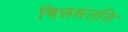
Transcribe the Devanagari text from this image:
चित्तसंतति